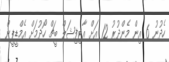
ހެދުނު 6 އިން މެންދުރު 12 އަށް އާޓިފިޝަލް ބީޗް ހޯދުމަށް އެމްޑީޕީން